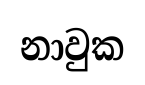
නාවුක